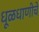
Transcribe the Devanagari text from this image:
धूळधाणीचे